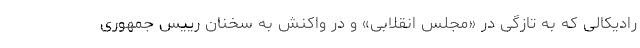
رادیکالی که به تازگی در «مجلس انقلابی» و در واکنش به سخنان رییس جمهوری